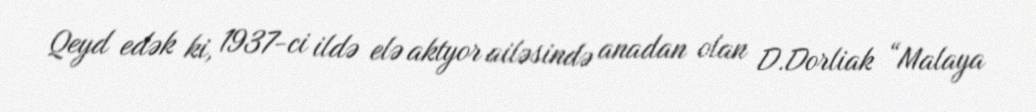
Qeyd edək ki, 1937-ci ildə elə aktyor ailəsində anadan olan D.Dorliak “Malaya